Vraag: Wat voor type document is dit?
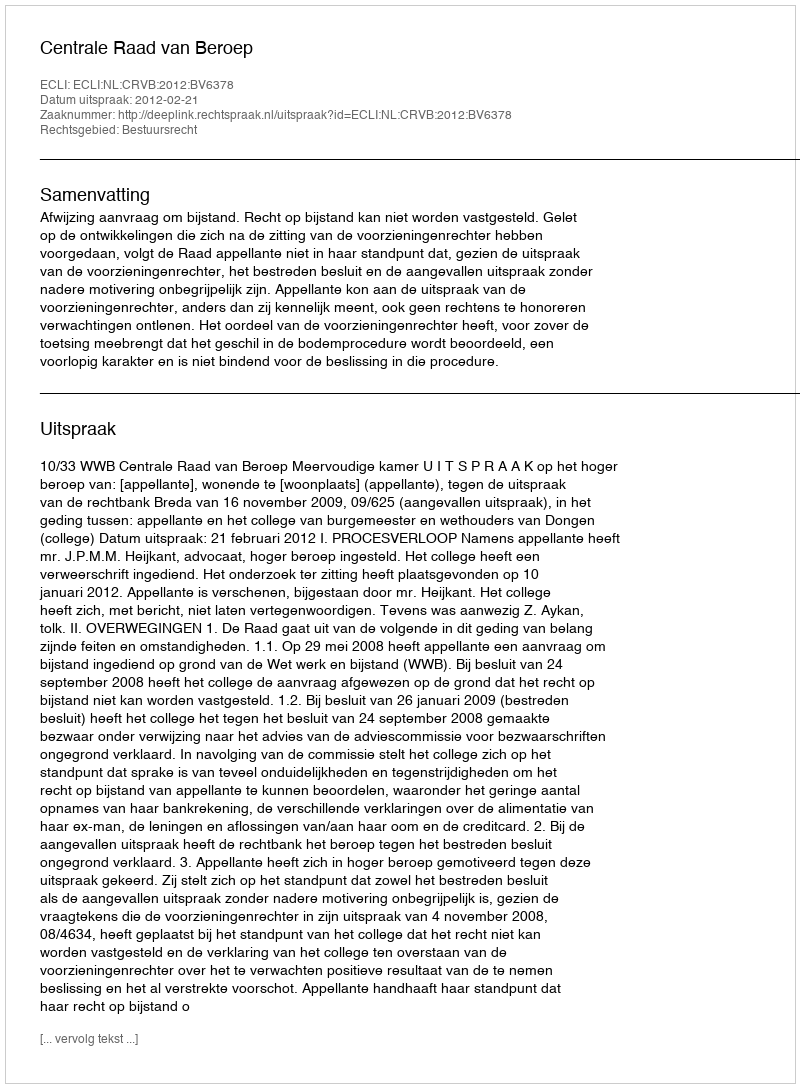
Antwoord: Uitspraak